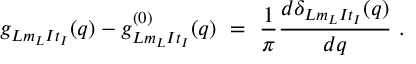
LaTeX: g _ { L m _ { L } I t _ { I } } ( q ) - g _ { L m _ { L } I t _ { I } } ^ { ( 0 ) } ( q ) ~ = ~ \frac { 1 } { \pi } \frac { d \delta _ { L m _ { L } I t _ { I } } ( q ) } { d q } ~ .